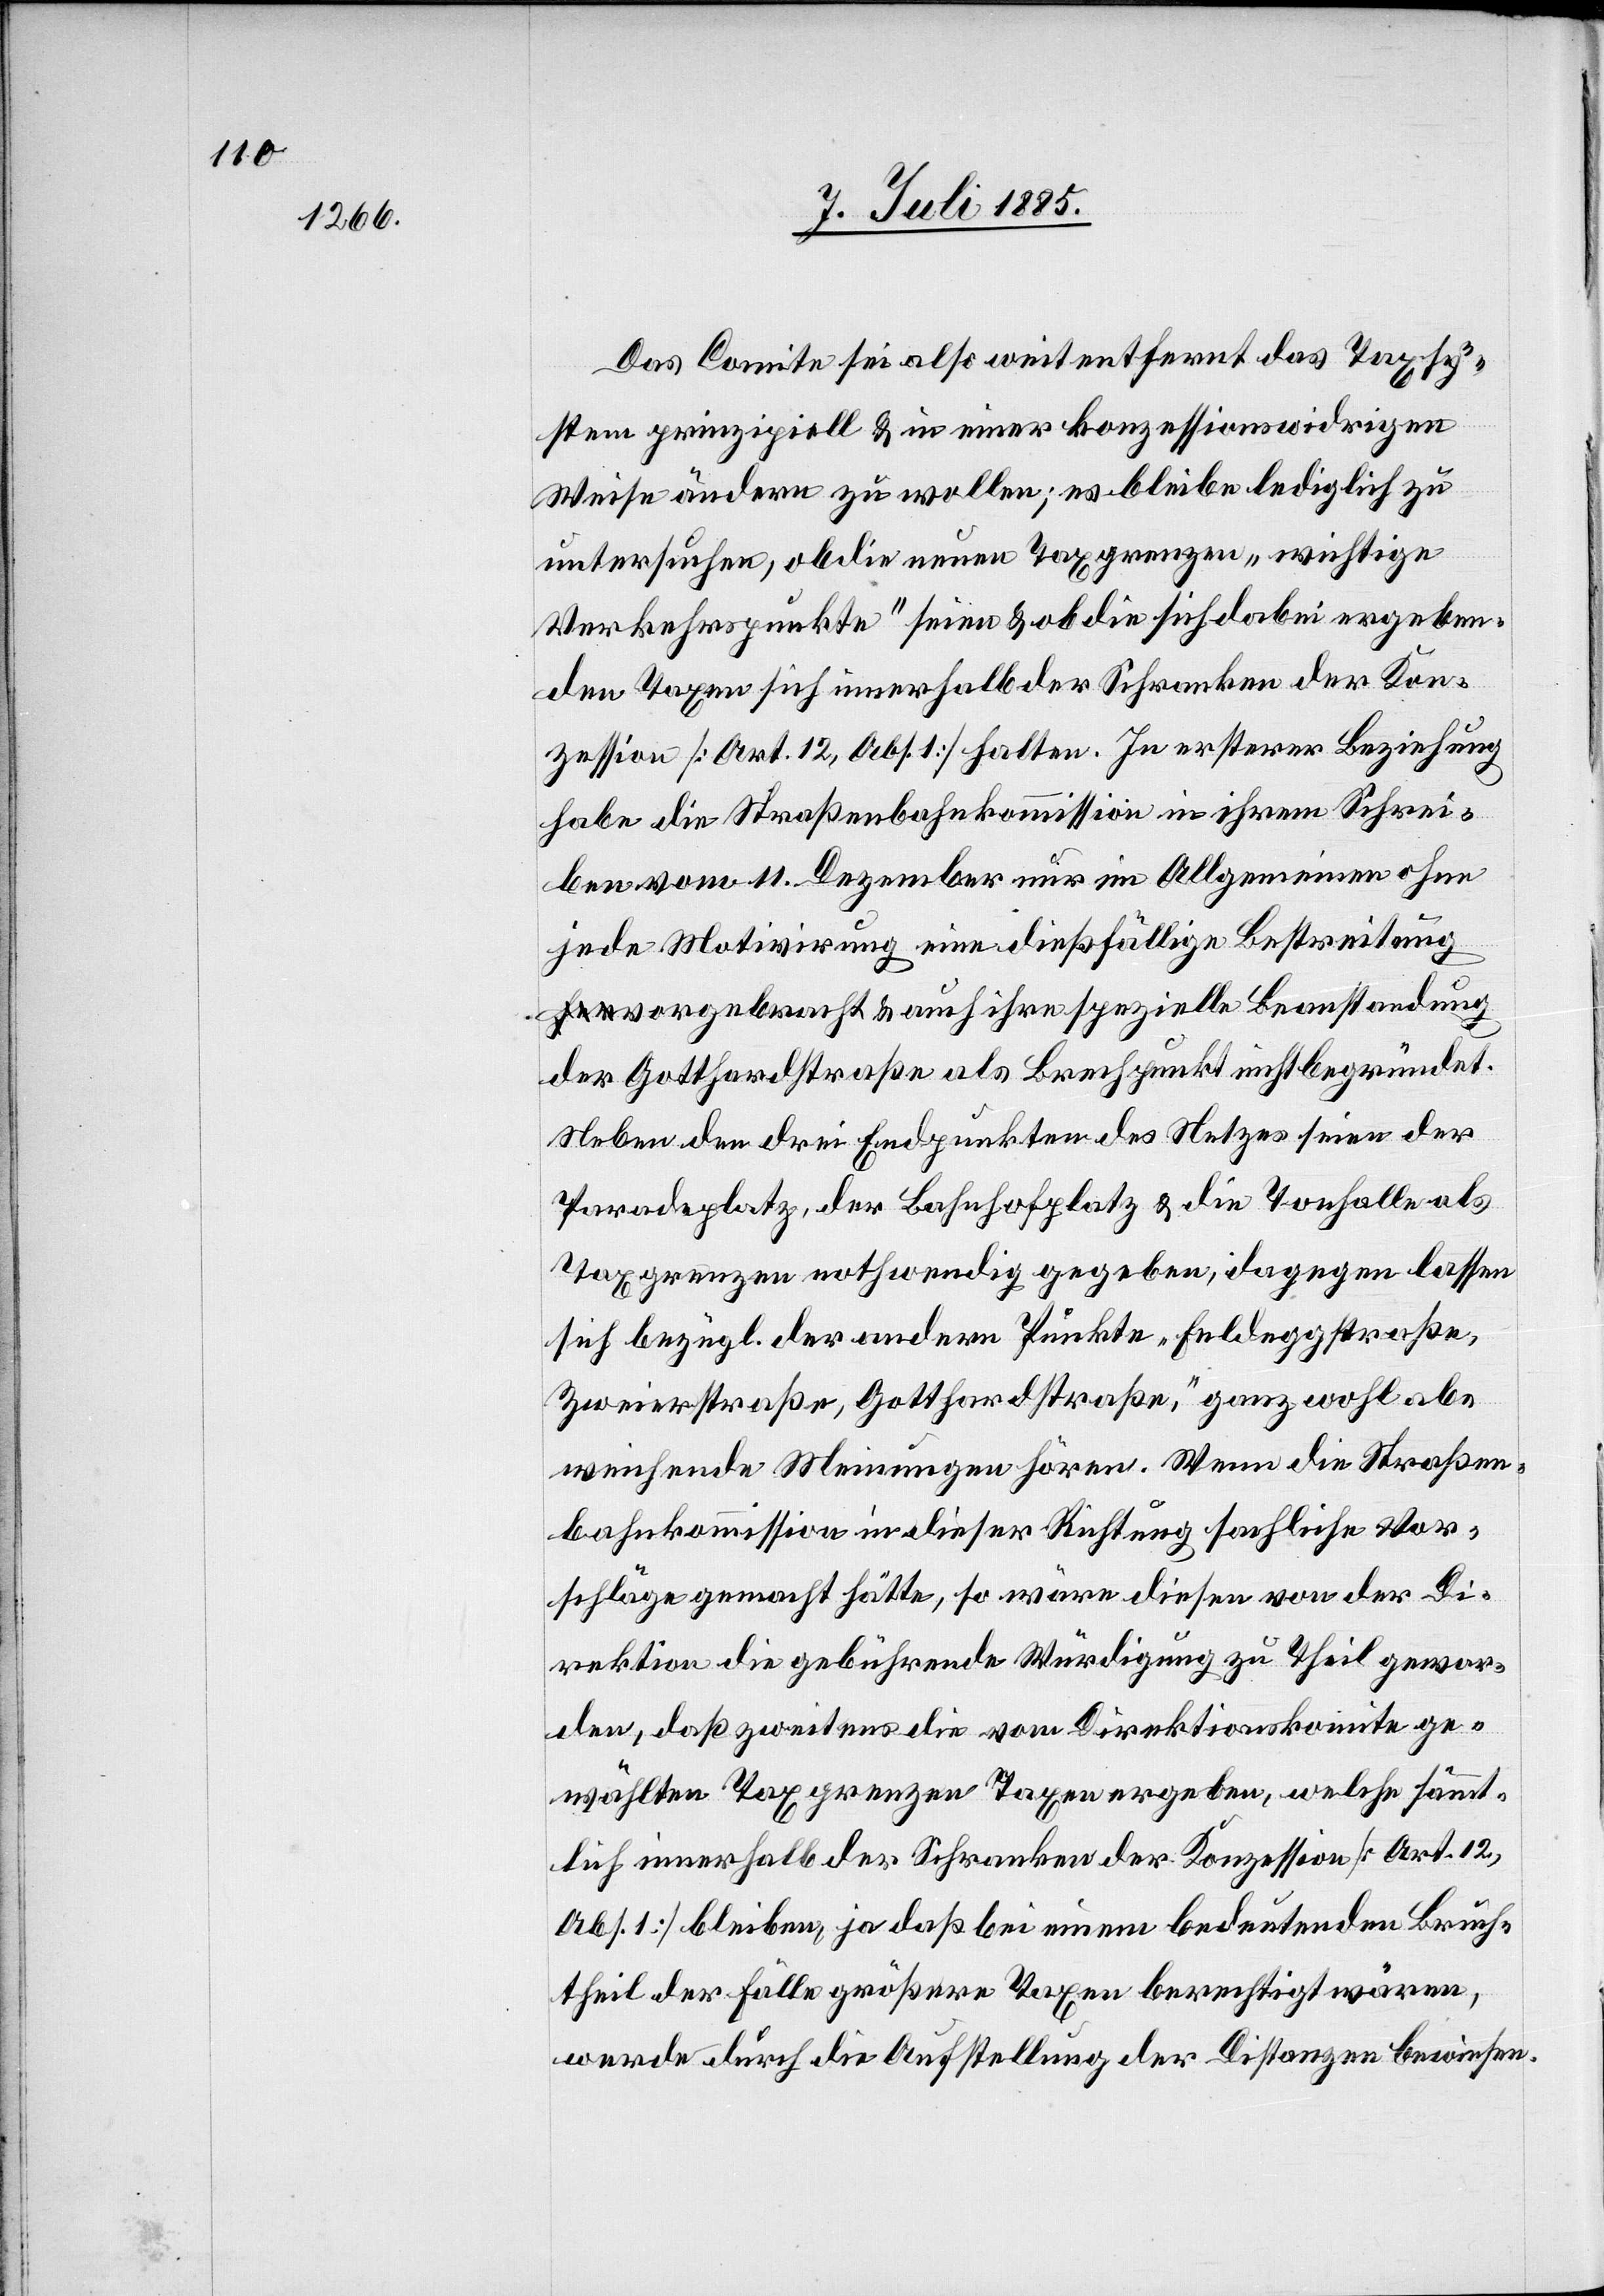
Das Comite sei also weit entfernt das Taxsy¬
stem prinzipiell & in einer konzessionswidrigen
Weise ändern zu wollen; es bleibe lediglich zu
untersuchen, ob die neuen Taxgrenzen „wichtige
Verkehrspunkte“ seien & ob die sich dabei ergeben¬
den Taxen sich innerhalb der Schranken der Kon¬
zession [Art. 12, Abs. 1] halten. In ersterer Beziehung
habe die Straßenbahnkommission in ihrem Schrei¬
ben vom 11. Dezember nur im Allgemeinen ohne
jede Motivirung eine dießfällige Bestreitung
vorgebracht & auch ihre spezielle Beanstandung
der Gotthardstraße als Brechpunkt nicht begründet.
Neben den drei Endpunkten des Netzes seien der
Paradeplatz, der Bahnhofplatz & die Tonhalle als
Taxgrenzen nothwendig gegeben, dagegen lassen
sich bezügl. der andern Punkte „Feldeggstraße,
Zweierstraße, Gotthardstraße,“ ganz wohl ab¬
weichende Meinungen hören. Wenn die Straßen¬
bahnkommission in dieser Richtung sachliche Vor¬
schläge gemacht hätte, so wären diesen von der Di¬
rektion die gebührende Würdigung zu Theil gewor¬
den, daß zweitens die vom Direktionskomite ge¬
wählten Taxgrenzen Taxen ergeben, welche sämt¬
lich innerhalb der Schranken der Konzession [Art. 12,
Abs. 1] bleiben, ja daß bei einem bedeutenden Bruch¬
theil der Fälle größere Taxen berechtigt wären,
werde durch die Aufstellung der Distanzen bewiesen.